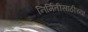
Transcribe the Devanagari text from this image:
निर्मितीसाठीच्या